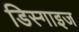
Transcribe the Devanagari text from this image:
डिस्गाइज